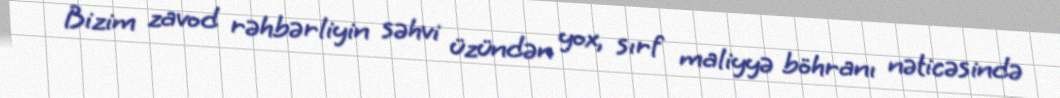
Bizim zavod rəhbərliyin səhvi üzündən yox, sırf maliyyə böhranı nəticəsində